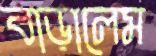
বাড়ালেম